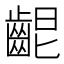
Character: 𪘄